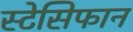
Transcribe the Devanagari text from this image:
स्टेसिफान